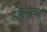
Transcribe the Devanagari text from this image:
फिल्म्स्‌च्या